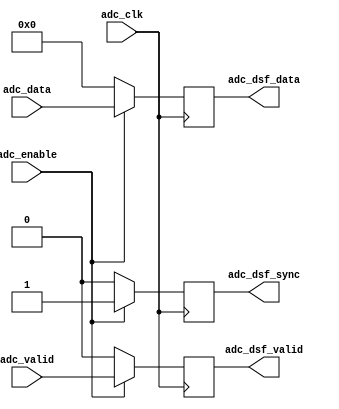
module util_cpack_dsf (
  adc_clk,
  adc_valid,
  adc_enable,
  adc_data,
  adc_dsf_valid,
  adc_dsf_sync,
  adc_dsf_data);
  parameter   CH_DW   = 32;
  parameter   CH_ICNT =  4;
  parameter   CH_MCNT =  8;
  parameter   P_CNT   =  4;
  localparam  CH_DCNT = P_CNT - CH_ICNT;
  localparam  I_WIDTH = CH_DW*CH_ICNT;
  localparam  P_WIDTH = CH_DW*P_CNT;
  localparam  M_WIDTH = CH_DW*CH_MCNT;
  input                     adc_clk;
  input                     adc_valid;
  input                     adc_enable;
  input   [(I_WIDTH-1):0]   adc_data;
  output                    adc_dsf_valid;
  output                    adc_dsf_sync;
  output  [(P_WIDTH-1):0]   adc_dsf_data;
  reg     [  2:0]           adc_samples_int = 'd0;
  reg     [(M_WIDTH-1):0]   adc_data_int = 'd0;
  reg                       adc_dsf_enable = 'd0;
  reg                       adc_dsf_valid_int = 'd0;
  reg                       adc_dsf_sync_int = 'd0;
  reg     [(P_WIDTH-1):0]   adc_dsf_data_int = 'd0;
  reg                       adc_dsf_valid = 'd0;
  reg                       adc_dsf_sync = 'd0;
  reg     [(P_WIDTH-1):0]   adc_dsf_data = 'd0;
  wire    [(M_WIDTH-1):0]   adc_data_s;
  generate
  if (CH_ICNT == P_CNT) begin
  assign adc_data_s = 'd0;
  always @(posedge adc_clk) begin
    adc_samples_int <= 'd0;
    adc_data_int <= 'd0;
    adc_dsf_enable <= 'd0;
    adc_dsf_valid_int <= 'd0;
    adc_dsf_sync_int <= 'd0;
    adc_dsf_data_int <= 'd0;
    if (adc_enable == 1'b1) begin
      adc_dsf_valid <= adc_valid;
      adc_dsf_sync <= 1'b1;
      adc_dsf_data <= adc_data;
    end else begin
      adc_dsf_valid <= 'b0;
      adc_dsf_sync <= 'b0;
      adc_dsf_data <= 'd0;
    end
  end
  end
  endgenerate
  generate
  if (P_CNT > CH_ICNT) begin
  assign adc_data_s[(M_WIDTH-1):I_WIDTH] = 'd0;
  assign adc_data_s[(I_WIDTH-1):0] = adc_data;
  always @(posedge adc_clk) begin
    if (adc_valid == 1'b1) begin
      if (adc_samples_int >= CH_DCNT) begin
        adc_samples_int <= adc_samples_int - CH_DCNT;
      end else begin
        adc_samples_int <= adc_samples_int + CH_ICNT;
      end
      adc_data_int <= {adc_data_s[(I_WIDTH-1):0],
        adc_data_int[(M_WIDTH-1):I_WIDTH]};
    end
  end
  always @(posedge adc_clk) begin
    adc_dsf_enable <= adc_enable;
    if (adc_samples_int >= CH_DCNT) begin
      adc_dsf_valid_int <= adc_valid;
    end else begin
      adc_dsf_valid_int <= 1'b0;
    end
    if (adc_dsf_sync_int == 1'b1) begin
      if (adc_dsf_valid_int == 1'b1) begin
        adc_dsf_sync_int <= 1'b0;
      end
    end else begin
      if (adc_samples_int == 3'd0) begin
        adc_dsf_sync_int <= 1'b1;
      end
    end
  end
  always @(posedge adc_clk) begin
    if (adc_valid == 1'b1) begin
      case (adc_samples_int)
        3'b111:  adc_dsf_data_int <= {adc_data_s[((CH_DW*1)-1):0],
                    adc_data_int[((CH_DW*8)-1):(CH_DW*1)]};
        3'b110:  adc_dsf_data_int <= {adc_data_s[((CH_DW*2)-1):0],
                    adc_data_int[((CH_DW*8)-1):(CH_DW*2)]};
        3'b101:  adc_dsf_data_int <= {adc_data_s[((CH_DW*3)-1):0],
                    adc_data_int[((CH_DW*8)-1):(CH_DW*3)]};
        3'b100:  adc_dsf_data_int <= {adc_data_s[((CH_DW*4)-1):0],
                    adc_data_int[((CH_DW*8)-1):(CH_DW*4)]};
        3'b011:  adc_dsf_data_int <= {adc_data_s[((CH_DW*5)-1):0],
                    adc_data_int[((CH_DW*8)-1):(CH_DW*5)]};
        3'b010:  adc_dsf_data_int <= {adc_data_s[((CH_DW*6)-1):0],
                    adc_data_int[((CH_DW*8)-1):(CH_DW*6)]};
        3'b001:  adc_dsf_data_int <= {adc_data_s[((CH_DW*7)-1):0],
                    adc_data_int[((CH_DW*8)-1):(CH_DW*7)]};
        3'b000:  adc_dsf_data_int <= adc_data_s;
        default: adc_dsf_data_int <= 'd0;
      endcase
    end
  end
  always @(posedge adc_clk) begin
    if (adc_enable == 1'b1) begin
      adc_dsf_valid <= adc_dsf_valid_int;
      adc_dsf_sync <= adc_dsf_sync_int;
      adc_dsf_data <= adc_dsf_data_int[(P_WIDTH-1):0];
    end else begin
      adc_dsf_valid <= 'b0;
      adc_dsf_sync <= 'b0;
      adc_dsf_data <= 'd0;
    end
  end
  end
  endgenerate
endmodule